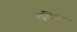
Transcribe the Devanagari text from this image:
लूविल